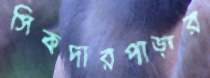
সিকদারপাড়ার